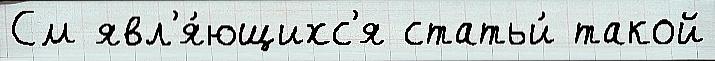
См явл'я́ющихс'я статьи́ такой